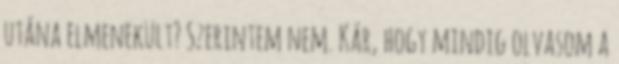
utána elmenekült? Szerintem nem. Kár, hogy mindig olvasom a